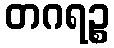
တဂရဉ္စ